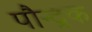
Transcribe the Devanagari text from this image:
पौन्द्रक